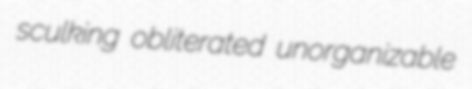
sculking obliterated unorganizable